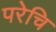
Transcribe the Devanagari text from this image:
परेचि